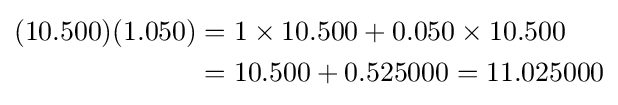
{\begin{aligned}(10.500)(1.050)&=1\times 10.500+0.050\times 10.500\\&=10.500+0.525000=11.025000\end{aligned}}